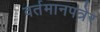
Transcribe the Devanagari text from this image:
वर्तमानपत्रेर